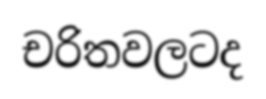
චරිතවලටද